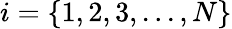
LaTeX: i=\left\{ 1,2,3,...,N\right\}